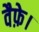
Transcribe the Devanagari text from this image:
वैफ़े।